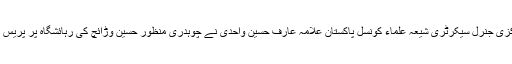
ان خیالات کا اظہار مرکزی جنرل سیکرٹری شیعہ علماء کونسل پاکستان علامہ عارف حسین واحدی نے چوہدری منظور حسین وڑائچ کی رہائشگاہ پر پریس کانفرنس کے دوران کیا۔